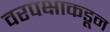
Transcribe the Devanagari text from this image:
वरपक्षाकडून